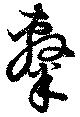
隷